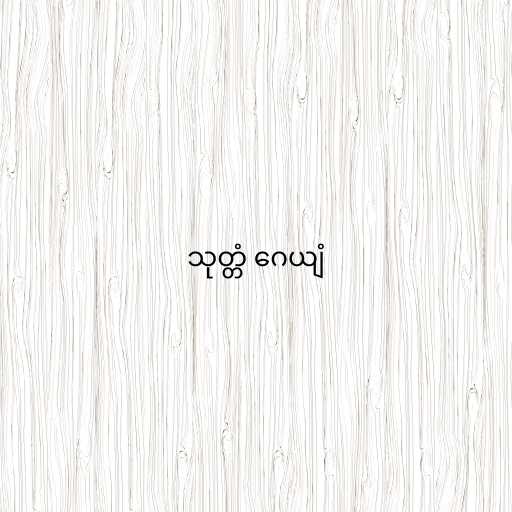
သုတ္တံ ဂေယျံ